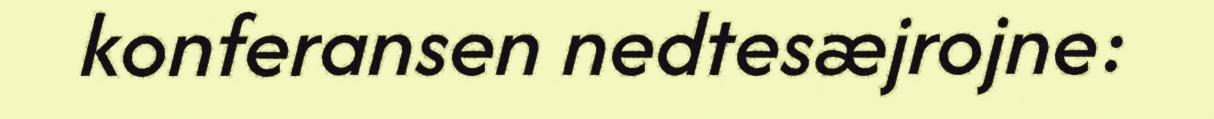
konferansen nedtesæjrojne: